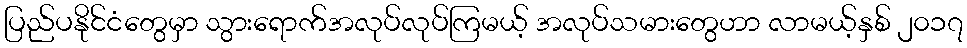
ပြည်ပနိုင်ငံတွေမှာ သွားရောက်အလုပ်လုပ်ကြမယ့် အလုပ်သမားတွေဟာ လာမယ့်နှစ် ၂၀၁၇